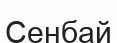
Сенбай